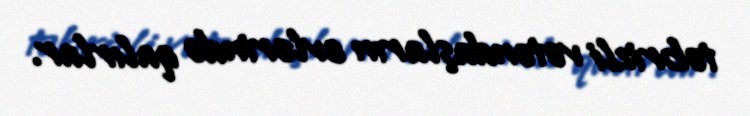
təbrizli vətəndaşların evlərində qalırlar.